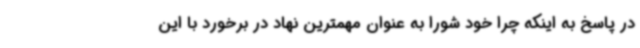
در پاسخ به اینکه چرا خود شورا به عنوان مهمترین نهاد در برخورد با این